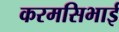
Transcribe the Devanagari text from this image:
करमसिभाई